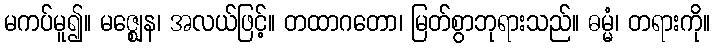
မကပ်မူ၍။ မဇ္ဈေန၊ အလယ်ဖြင့်။ တထာဂတော၊ မြတ်စွာဘုရားသည်။ ဓမ္မံ၊ တရားကို။